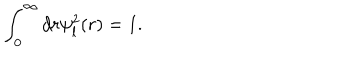
\displaystyle \int _ { 0 } ^ { \infty } d r \psi _ { l } ^ { 2 } ( r ) = 1 .